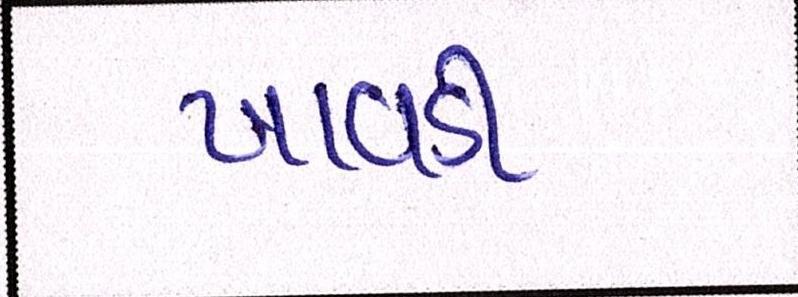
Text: ખાવડી